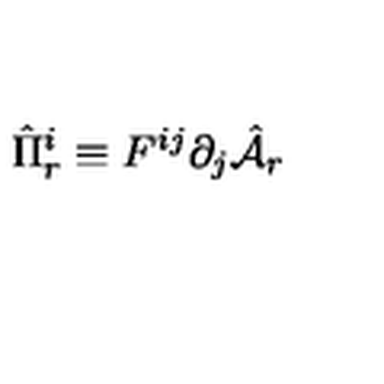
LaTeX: \hat { \Pi } _ { r } ^ { i } \equiv F ^ { i j } \partial _ { j } \hat { \cal A } _ { r }